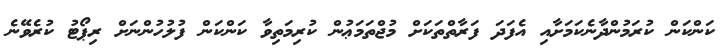
ކަންކަން ކުރަމުންދާނެކަމަށާއި އެފަދަ ފަރާތްތަކަށް މުޖްތަމަޢުން ކުރިމަތިވާ ކަންކަން ފުލުހުންނަށް ރިޕޯޓު ކުރެވޭނެ